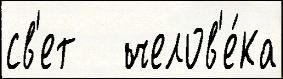
св'ет   челов'е́ка